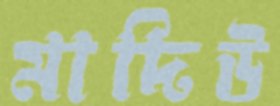
মাদিউ